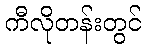
ကီလိုတန်းတွင်